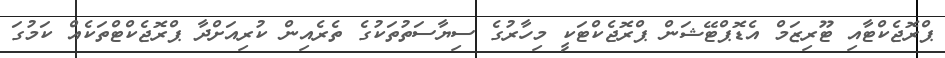
ޕްރޮޖެކްޓާއި ޓޫރިޒަމް އެޑޮޕްޓޭޝަން ޕްރޮޖެކްޓަކީ މިހާރުގެ ސިޔާސަތުތަކުގެ ތެރެއިން ކުރިއަށްދާ ޕްރޮޖެކްޓްތަކެއް ކަމުގަ